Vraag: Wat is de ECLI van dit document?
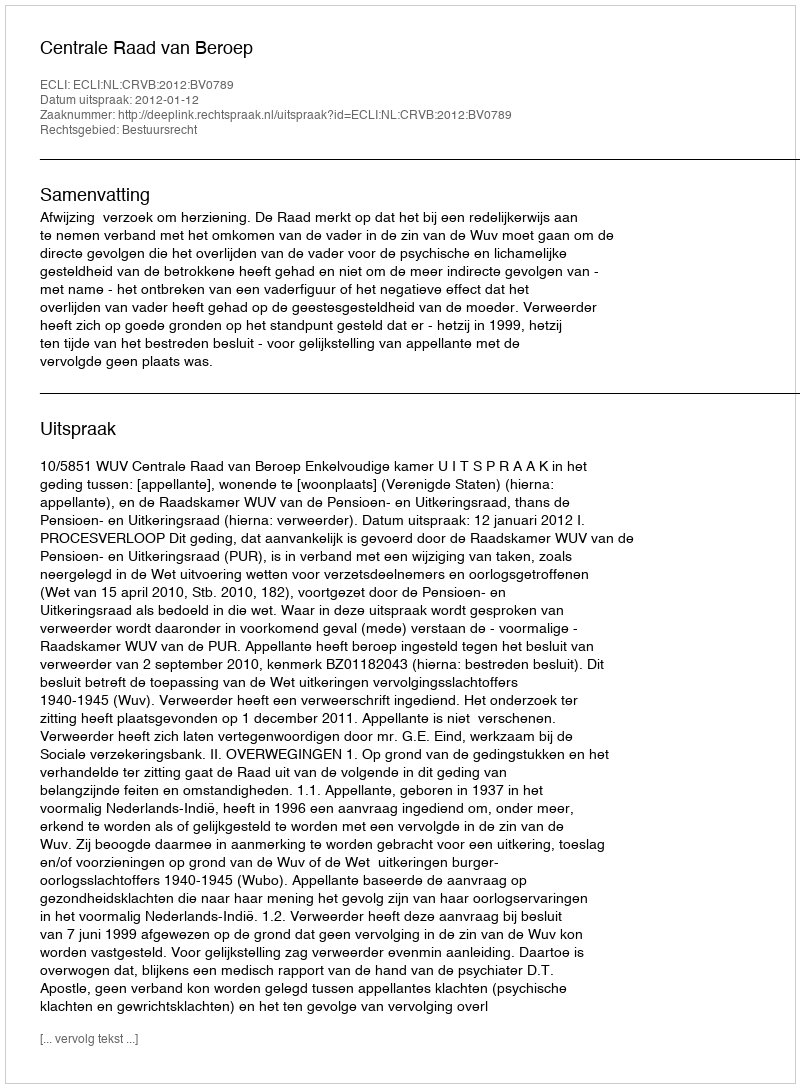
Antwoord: ECLI:NL:CRVB:2012:BV0789